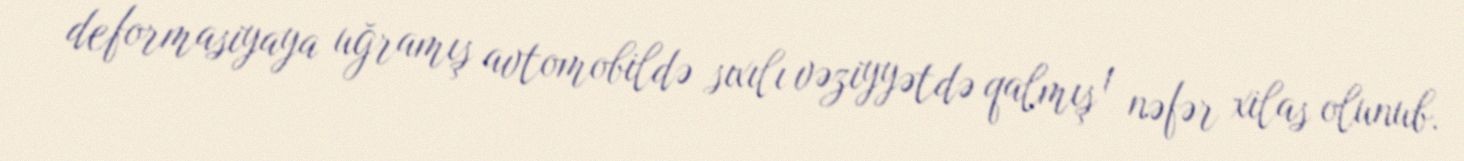
deformasiyaya uğramış avtomobildə sıxılı vəziyyətdə qalmış 1 nəfər xilas olunub.